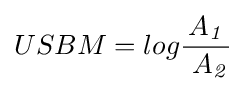
USBM=log{\frac {A_{\mathit {1}}}{\ A_{\mathit {2}}}}